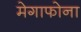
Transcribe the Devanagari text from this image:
मेगाफोना